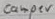
Text: camper